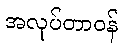
အလုပ်တာဝန်